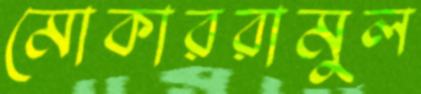
মোকাররামুল